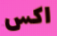
اكس